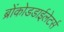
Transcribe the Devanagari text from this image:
ब्रोंकोडडाईलेटर्स